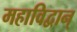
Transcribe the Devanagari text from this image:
महाविद्वान्